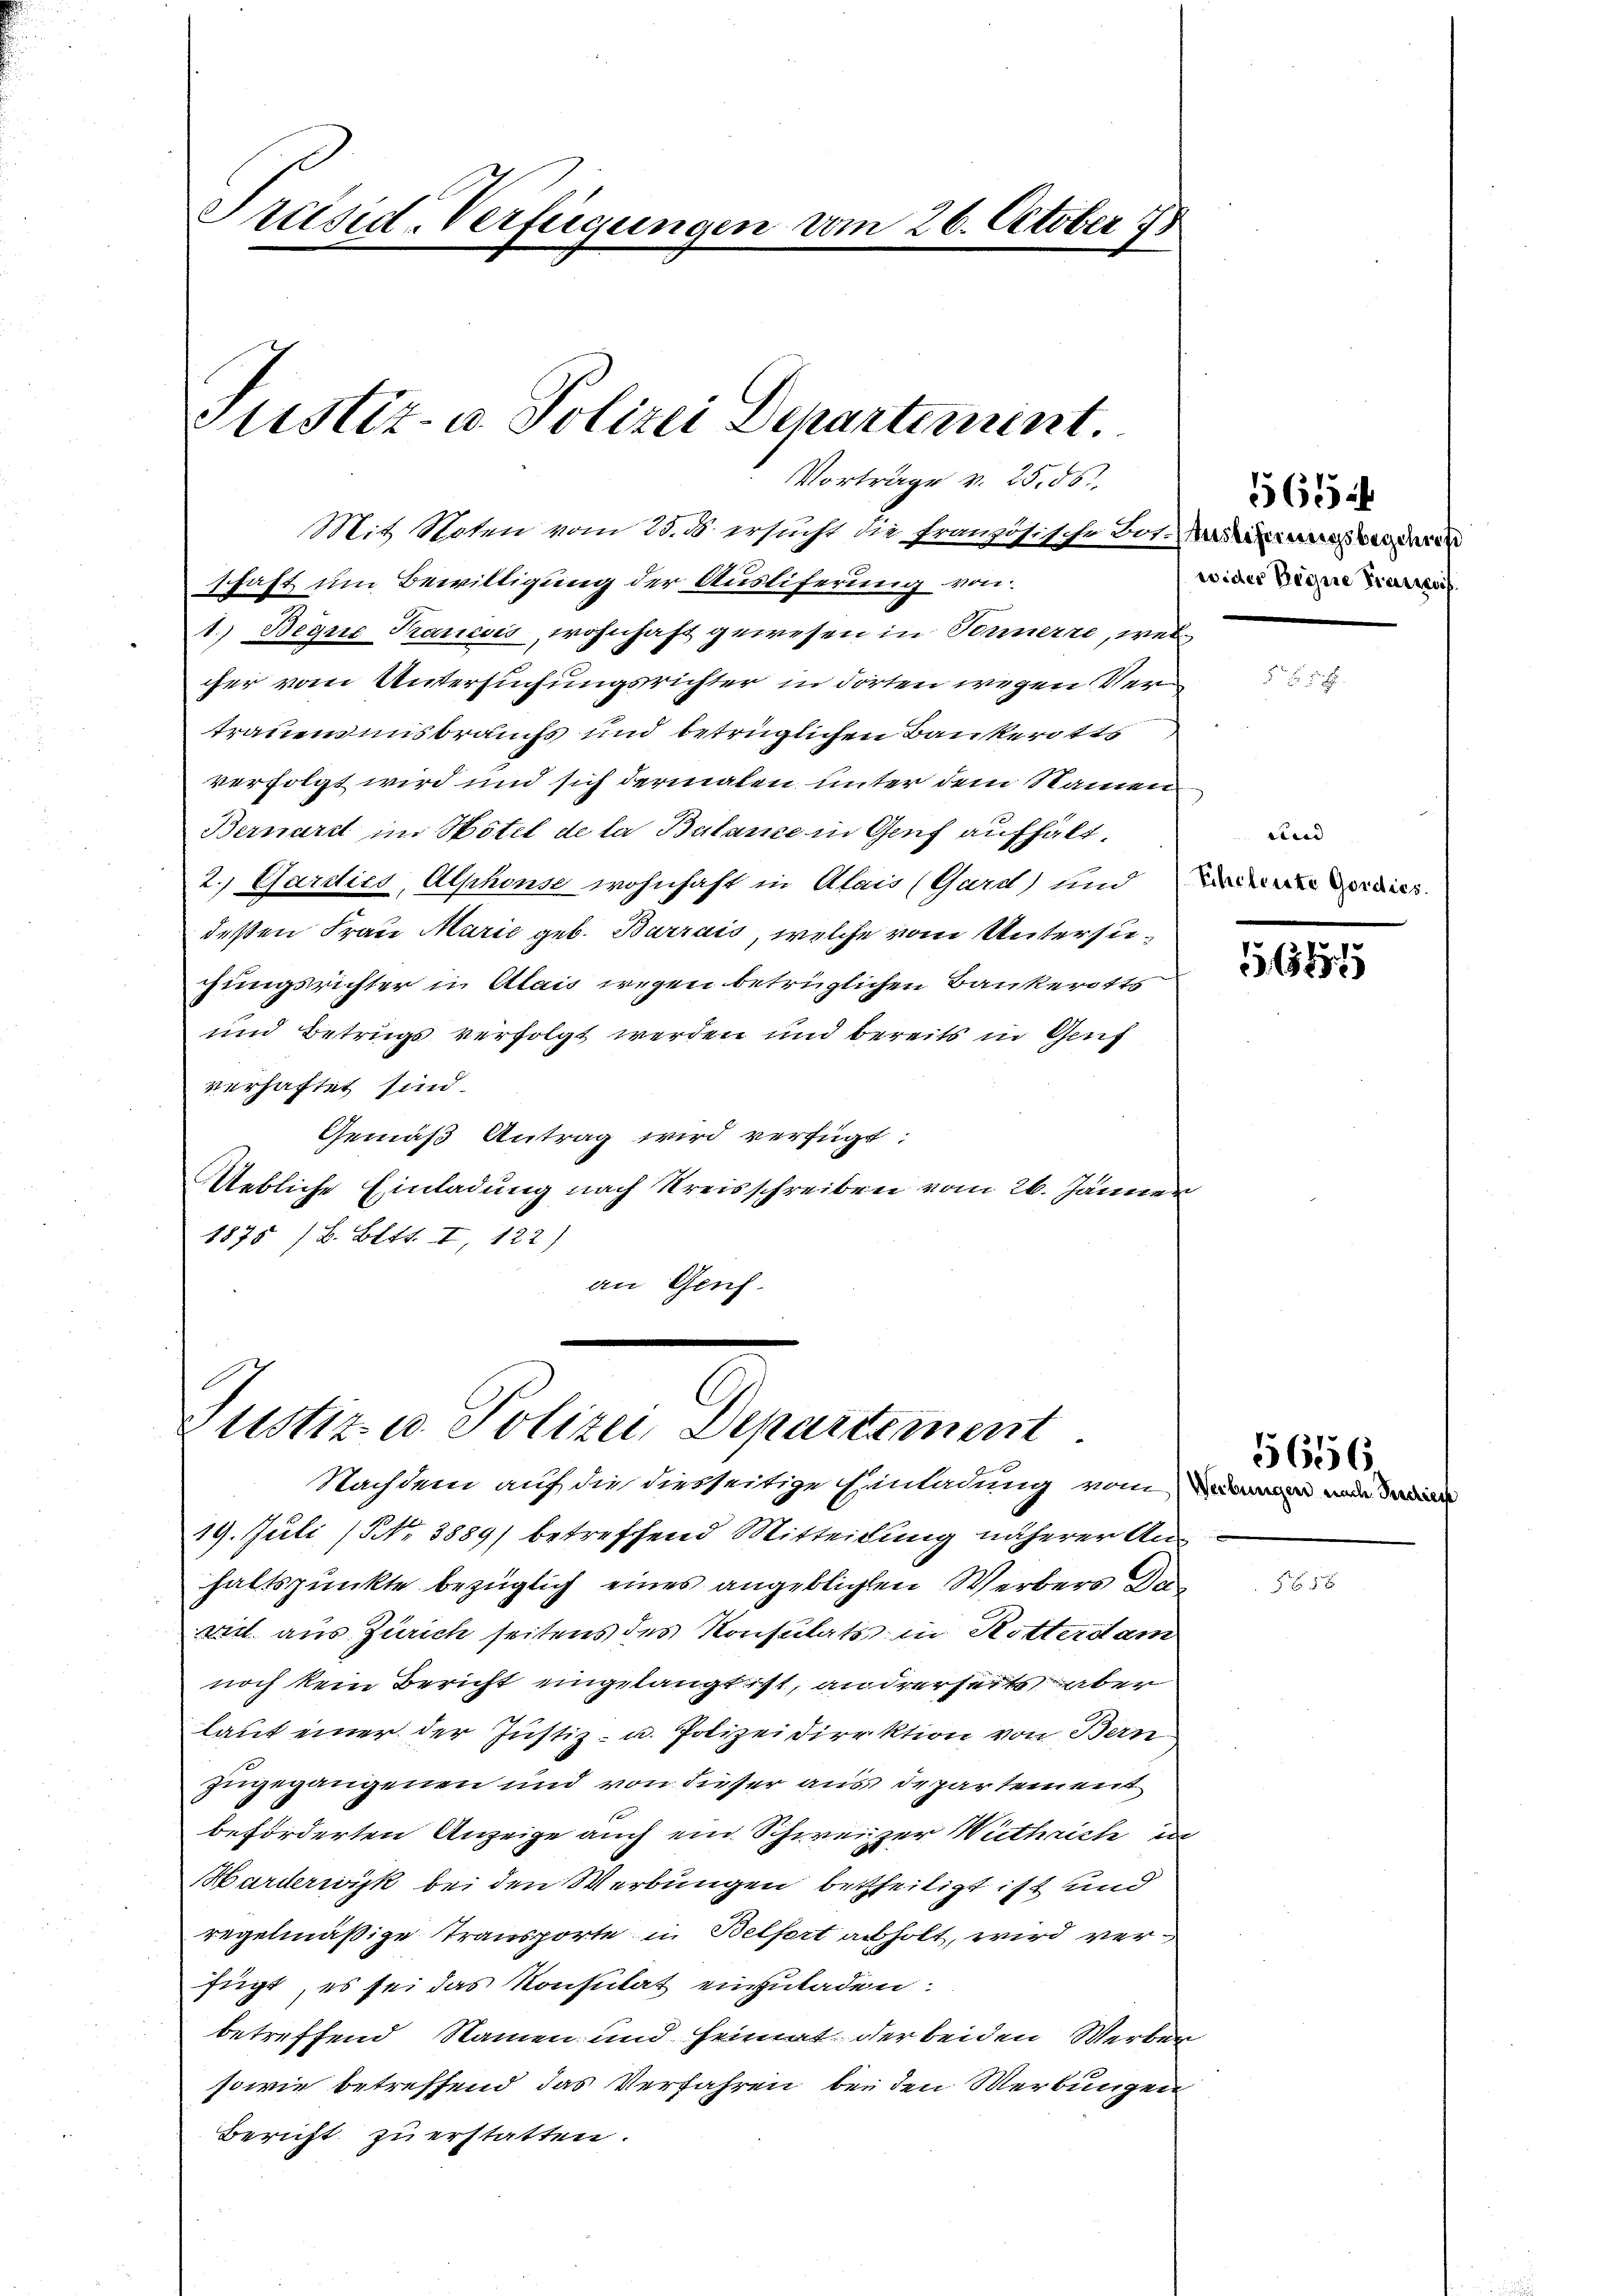
Präsid-Verfügungen vom 26. October 18
n

Justiz- u. Polizei Departement
Vortrage v. 25. 56

Mit Roten vom 25. d. ersucht die französische Bot. Marierung anderen
schaft um Bewilligung der Ausliferung von
1. Begne Francois, wohnhaft gewesen in Sonnerre, wel
cher vom Untersuchungsrichter in dorten wegen Vertrauensinsbrauchs und betrüglichen Bankerotts
verfolgt wird und sich dermalen unter dem Namen
Bernard im Hotel de la Balanse in Genf aufhält,
2.) Gardies, Alphonse wohnhaft in Alais (Gard) und an der dies
deßen Frau Marie geb. Burrais, welche vom Untersuchungsrichter in Alais wegen betrüglichen Bankerotts
und Betrugs verfolgt werden und bereits in Genf
verhaftet sind.
Gemäß Antrag wird verfügt:
Uebliche Einladung nach Kreisschreiben vom 26. Jänner
1875 / B. Bett. I, 122)
an Genf.

Justiz u. Polizei Departement

Nachdem auf die vierseitige Einladung vom wie di
19. Juli (Nr. 3889) betreffend Mitteilung näherer Anhaltspunkte bezüglich eines angeblichten Werbers de
viel aus Zürich seitens des Konsulats in Rotterdam
noch kein Bericht eingelangt ist, andrerseits aber
laut einer der Justiz- u. Polizeidirektion von Bern
zugegangenen und von dieser aus depar sein mit
beförderten Anzeige auch ein Schweizer Wuthrich i
Harderwyk bei den Werbungen betheiligt ist und
regelmäßige Transporte in Belfort abholt, wird verfügt, es sei das Konsultat einzuladen.
betreffend Namen und Heimat der beiden Werber
sowie betreffend das Verfahren bei den Werbungen
Bericht zu erstatten.

5654
wider Begne Pierreich

tuend |

61919

5656

1x